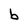
Character: b